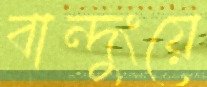
বান্দুংয়ে